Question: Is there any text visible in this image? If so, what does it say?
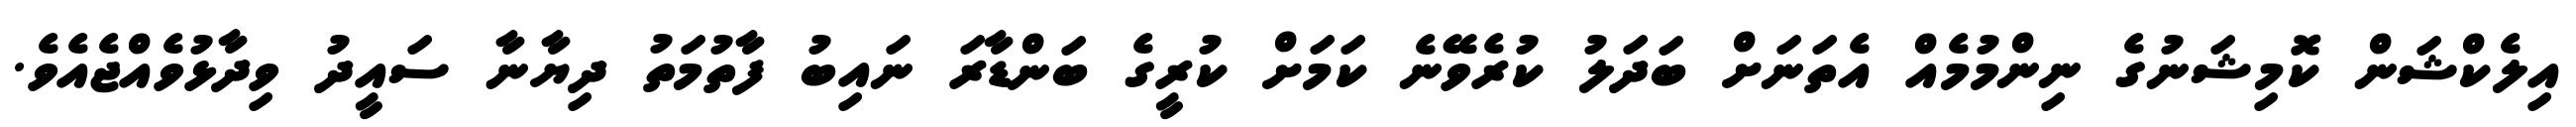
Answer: އިލެކްޝަން ކޮމިޝަނުގެ ނިންމުމެއް އެތަނަށް ބަދަލު ކުރެވޭނެ ކަމަށް ކުރީގެ ބަންޑާރަ ނައިބު ފާތުމަތު ދިޔާނާ ސައީދު ވިދާޅުވެއްޖެއެވެ.